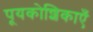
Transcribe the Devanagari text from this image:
पूयकोशिकाएँ